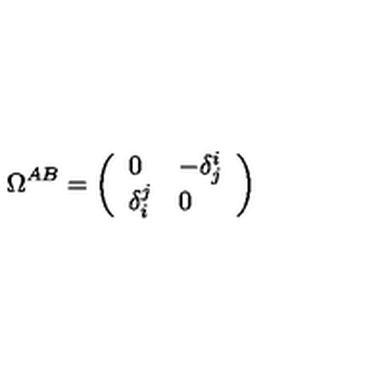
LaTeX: \Omega ^ { A B } = \left( \begin{array} { l l } { 0 } & { - \delta _ { j } ^ { i } } \\ { \delta _ { i } ^ { j } } & { 0 } \\ \end{array} \right)